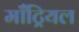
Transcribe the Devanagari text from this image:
माँट्रियल